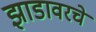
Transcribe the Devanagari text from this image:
झाडावरचे